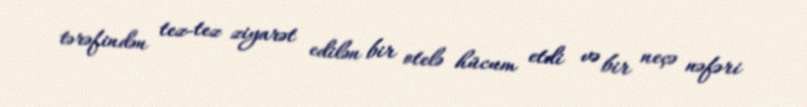
tərəfindən tez-tez ziyarət edilən bir otelə hücum etdi və bir neçə nəfəri